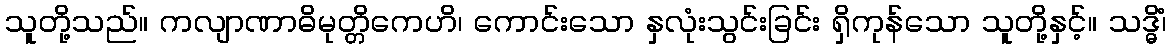
သူတို့သည်။ ကလျာဏာဓိမုတ္တိကေဟိ၊ ကောင်းသော နှလုံးသွင်းခြင်း ရှိကုန်သော သူတို့နှင့်။ သဒ္ဓိံ၊